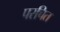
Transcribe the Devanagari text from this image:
परचित